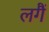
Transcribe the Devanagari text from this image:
लगैं